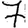
Digit: 7